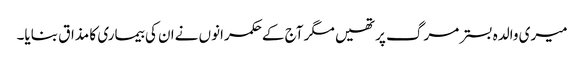
میری والدہ بسترمرگ پرتھیں مگر آج کےحکمرانوں نےان کی بیماری کا مذاق بنایا۔